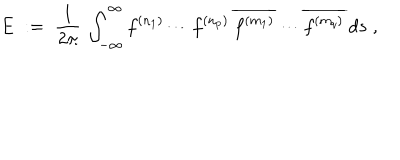
E \; : = \; \frac { 1 } { 2 \pi } \: \int _ { - \infty } ^ { \infty } f ^ { ( n _ { 1 } ) } \cdots f ^ { ( n _ { p } ) } \: \overline { { { f ^ { ( m _ { 1 } ) } } } } \cdots \overline { { { f ^ { ( m _ { q } ) } } } } \: d s \; ,